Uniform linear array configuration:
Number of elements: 4
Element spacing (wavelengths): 0.5
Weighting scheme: cosine
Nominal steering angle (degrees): -60
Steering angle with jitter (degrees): -61.707
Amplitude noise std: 0.05
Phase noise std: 0.05

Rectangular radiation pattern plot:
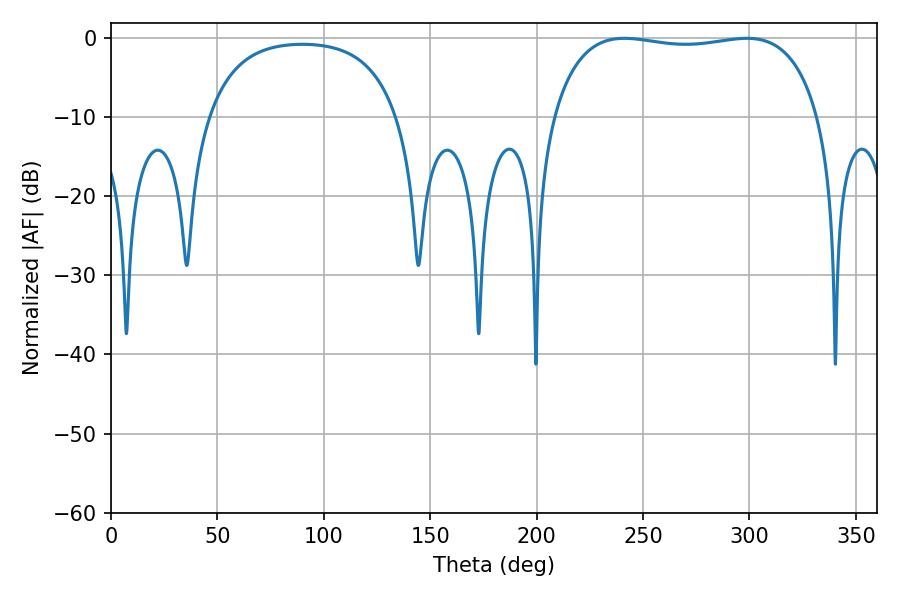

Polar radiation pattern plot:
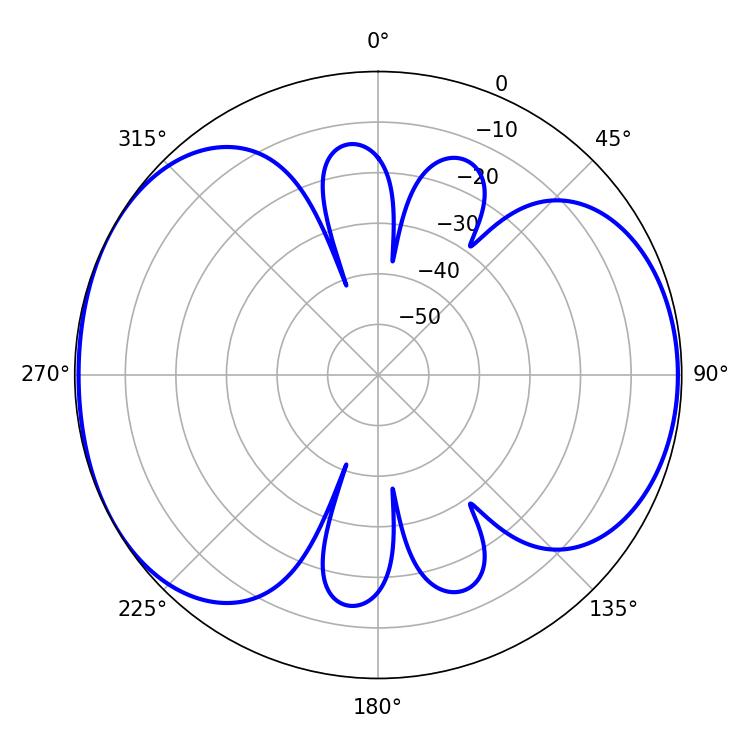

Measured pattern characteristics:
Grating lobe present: FALSE
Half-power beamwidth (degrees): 100.8
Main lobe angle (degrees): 241.2